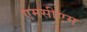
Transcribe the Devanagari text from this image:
एमसीएम